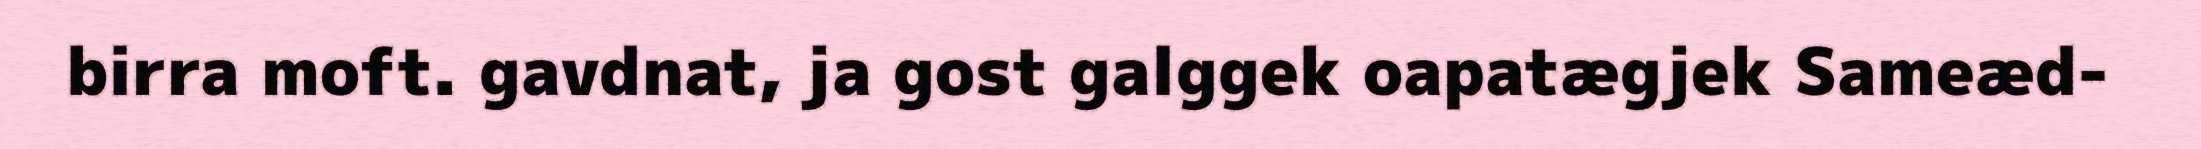
birra moft. gavdnat, ja gost galggek oapatægjek Sameæd-